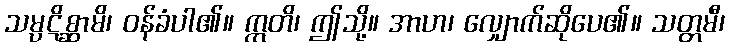
သမ္ပဋိစ္ဆာမိ၊ ဝန်ခံပါ၏။ ဣတိ၊ ဤသို့။ အာဟ၊ လျှောက်ဆိုပေ၏။ သတ္တမီ၊